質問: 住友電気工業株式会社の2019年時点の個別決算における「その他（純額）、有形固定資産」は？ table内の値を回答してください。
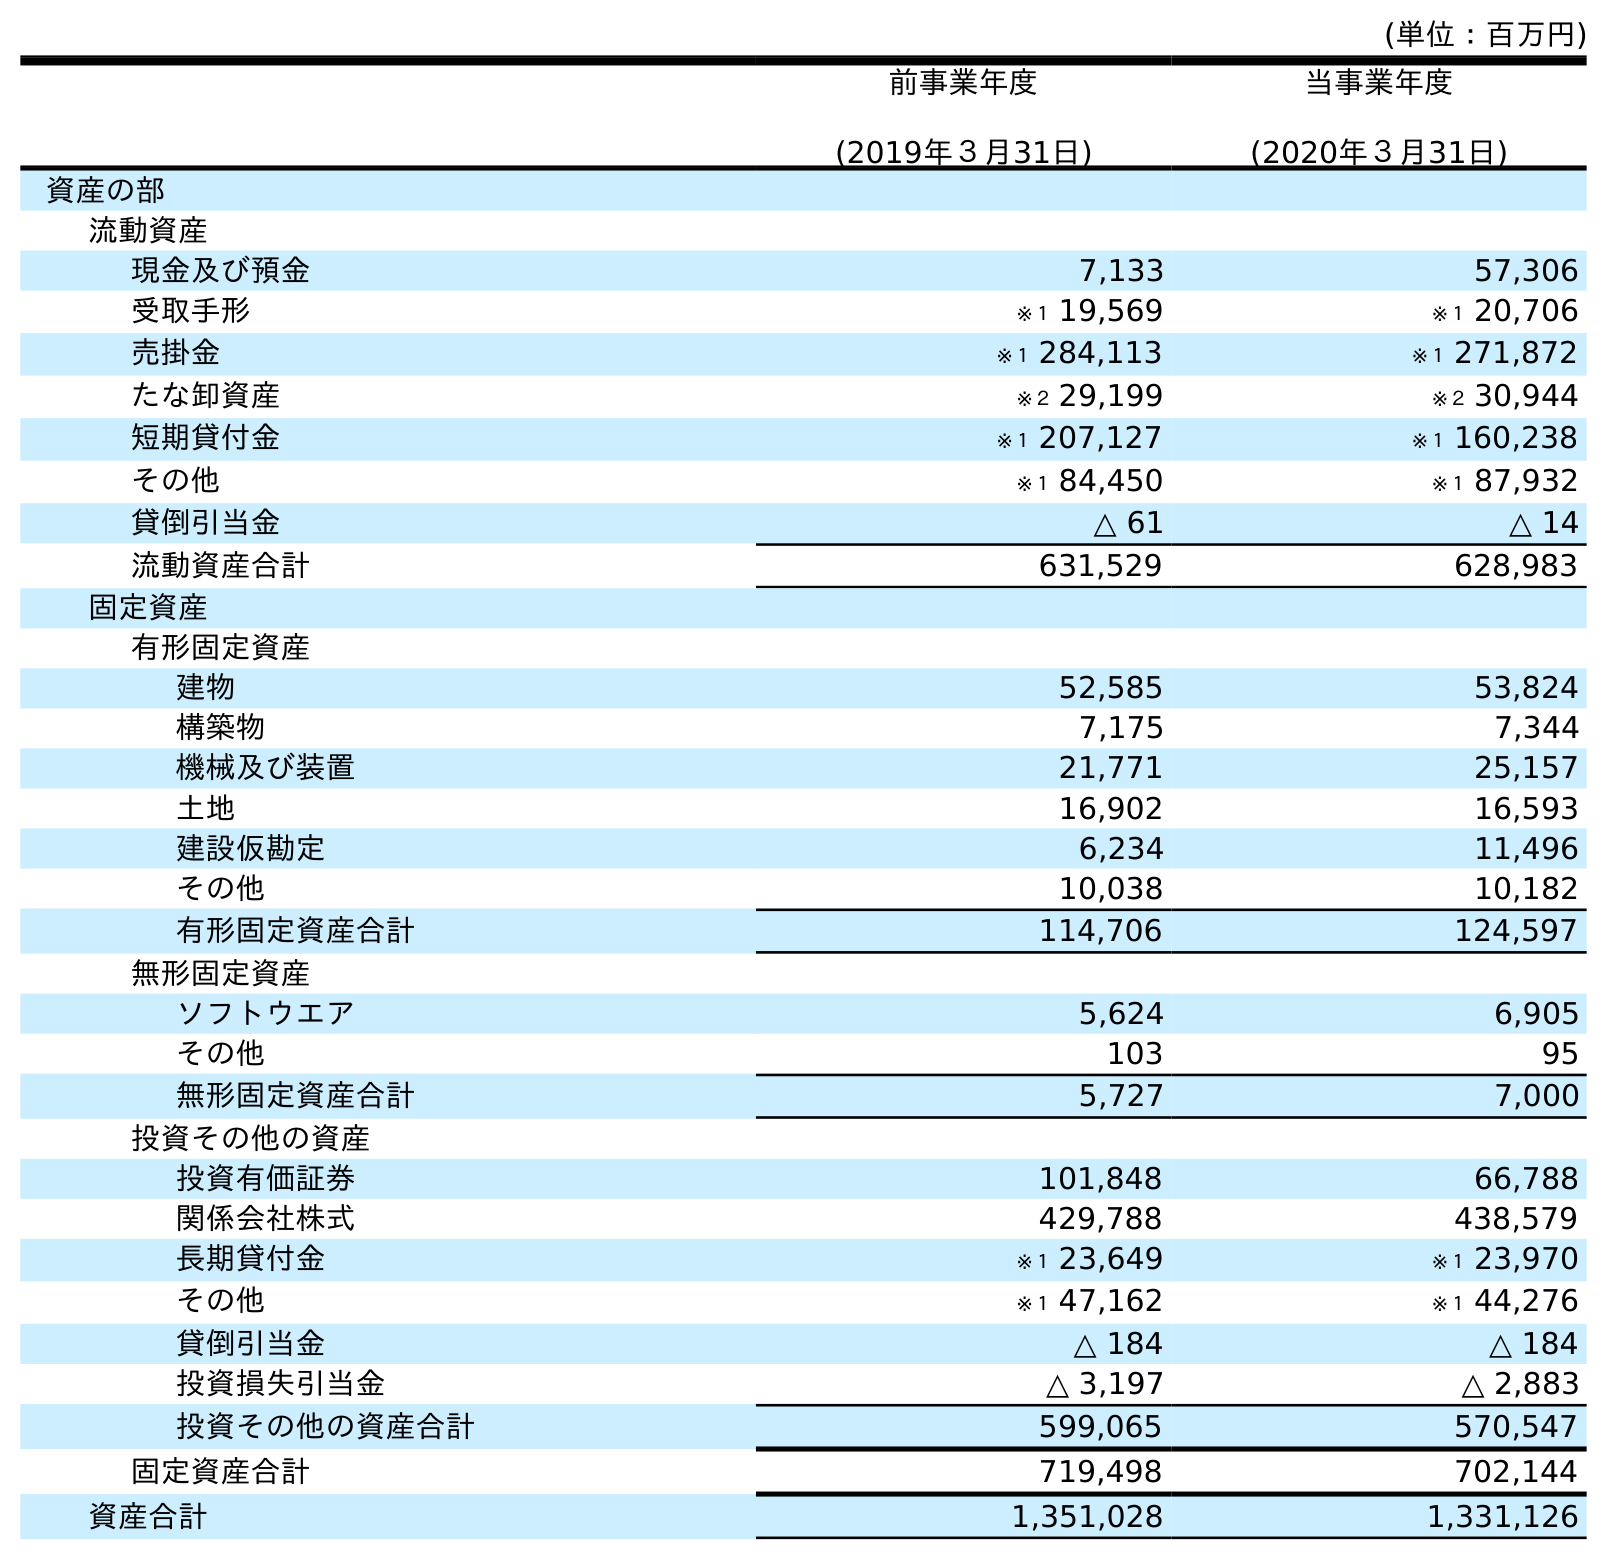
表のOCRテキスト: (単位：百万円) 前事業年度 (2019年３月31日) 当事業年度 (2020年３月31日) 資産の部 流動資産 現金及び預金 7,133 57,306 受取手形 ※１ 19,569 ※１ 20,706 売掛金 ※１ 284,113 ※１ 271,872 たな卸資産 ※２ 29,199 ※２ 30,944 短期貸付金 ※１ 207,127 ※１ 160,238 その他 ※１ 84,450 ※１ 87,932 貸倒引当金 △ 61 △ 14 流動資産合計 631,529 628,983 固定資産 有形固定資産 建物 52,585 53,824 構築物 7,175 7,344 機械及び装置 21,771 25,157 土地 16,902 16,593 建設仮勘定 6,234 11,496 その他 10,038 10,182 有形固定資産合計 114,706 124,597 無形固定資産 ソフトウエア 5,624 6,905 その他 103 95 無形固定資産合計 5,727 7,000 投資その他の資産 投資有価証券 101,848 66,788 関係会社株式 429,788 438,579 長期貸付金 ※１ 23,649 ※１ 23,970 その他 ※１ 47,162 ※１ 44,276 貸倒引当金 △ 184 △ 184 投資損失引当金 △ 3,197 △ 2,883 投資その他の資産合計 599,065 570,547 固定資産合計 719,498 702,144 資産合計 1,351,028 1,331,126
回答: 10,038